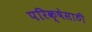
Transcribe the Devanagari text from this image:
परिक्षेसाठी